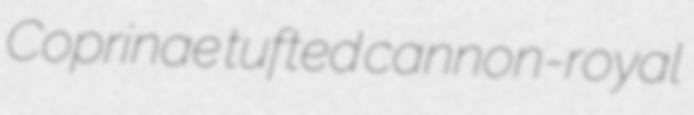
Coprinae tufted cannon-royal